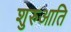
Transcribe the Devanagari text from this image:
शुरुआति